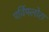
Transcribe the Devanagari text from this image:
पर्विफ्लोरा